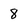
Character: 8